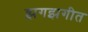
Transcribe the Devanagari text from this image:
झगझगीत